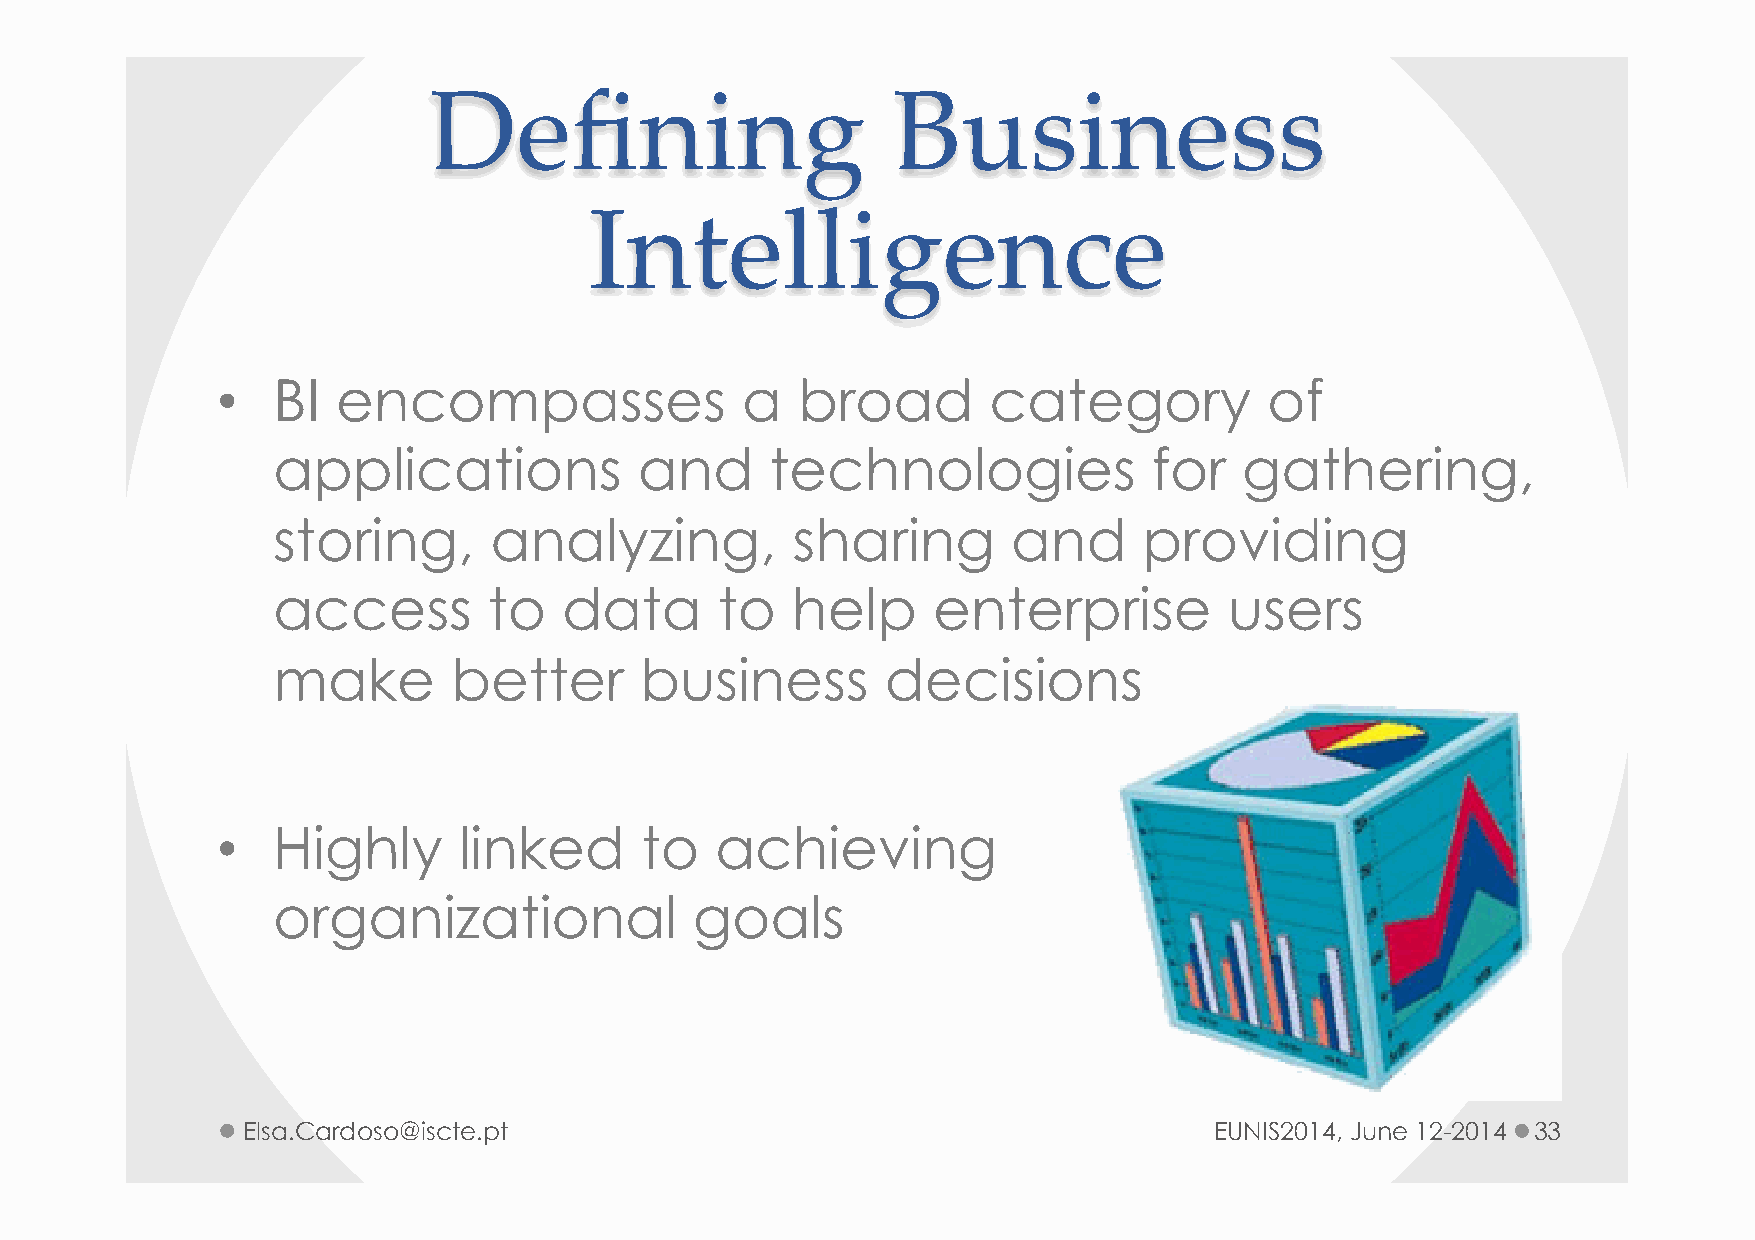
Defining                       Business
 Intelligence
 •   BI  encompasses                a   broad       category           of
 applications            and      technologies             for   gathering,
 storing,      analyzing,          sharing        and      providing
 access        to   data       to  help      enterprise         users
 make        better      business         decisions
 •   Highly      linked      to   achieving
 organizational              goals
 Elsa.Cardoso@iscte.pt                                           EUNIS2014, June 12-2014 33